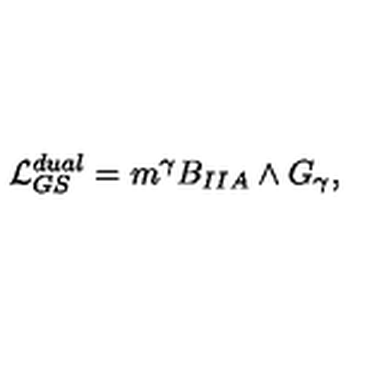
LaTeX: { \cal L } _ { G S } ^ { d u a l } = m ^ { \gamma } B _ { I I A } \wedge G _ { \gamma } ,